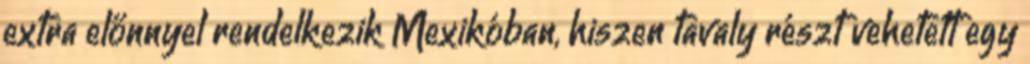
extra előnnyel rendelkezik Mexikóban, hiszen tavaly részt vehetett egy